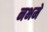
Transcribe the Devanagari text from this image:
नभमे